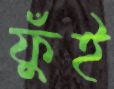
ফুঁই